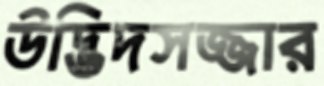
উদ্ভিদসজ্জার